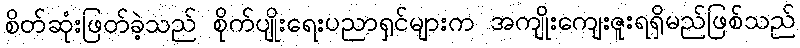
စိတ်ဆုံးဖြတ်ခဲ့သည် စိုက်ပျိုးရေးပညာရှင်များက အကျိုးကျေးဇူးရရှိမည်ဖြစ်သည်